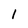
Character: 1